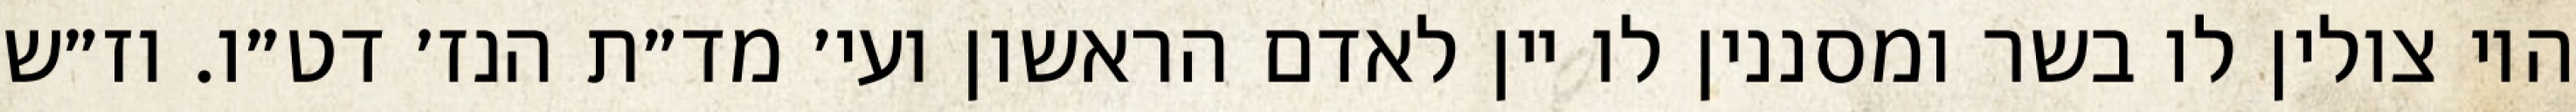
היו צולין לו בשר ומסננין לו יין לאדם הראשון ועי׳ מד״ת הנז׳ דט״ו. וז״ש